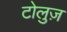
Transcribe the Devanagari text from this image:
टोलुज़